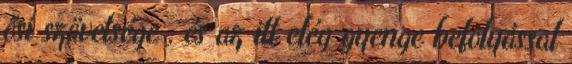
ősi szövetsége , és az itt elég gyenge befolyással